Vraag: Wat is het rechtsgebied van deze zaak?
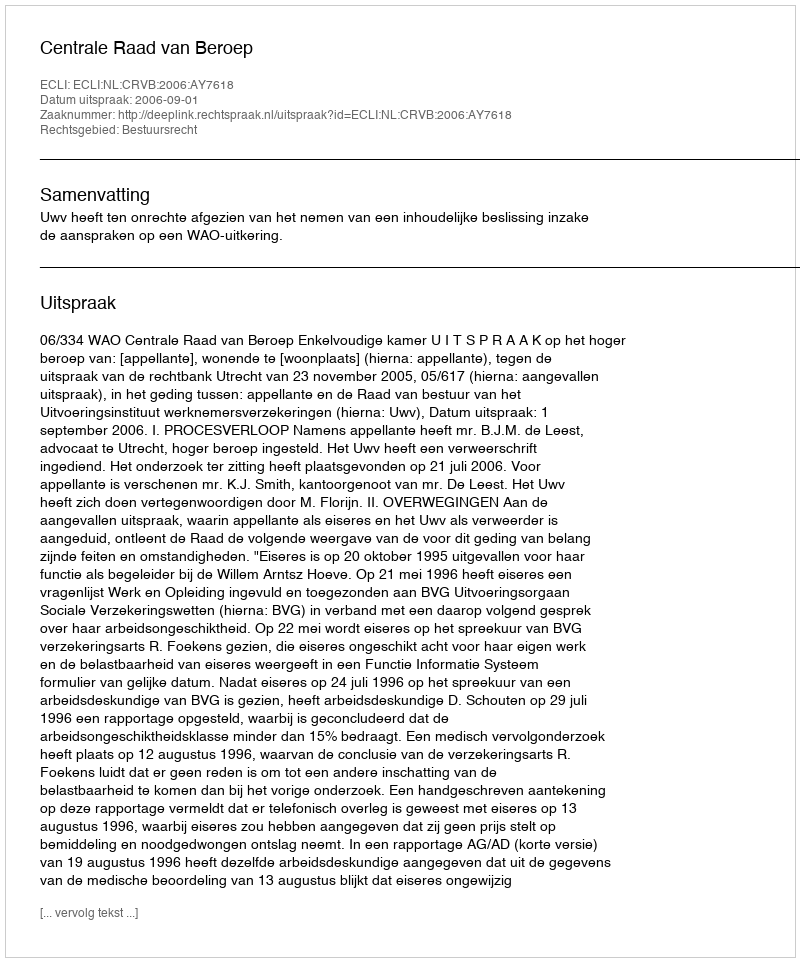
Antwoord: Bestuursrecht